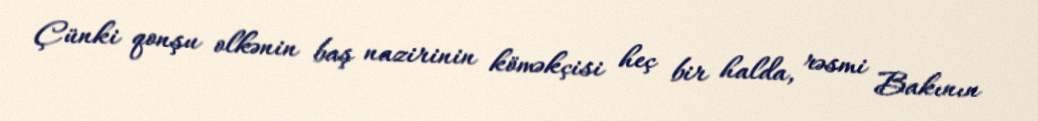
Çünki qonşu olkənin baş nazirinin köməkçisi heç bir halda, rəsmi Bakının